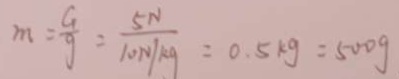
m = \frac { G } { g } = \frac { 5 N } { 1 0 N / k g } = 0 . 5 k g = 5 0 0 g